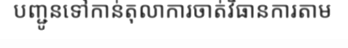
បញ្ជូនទៅកាន់តុលាការចាត់វិធានការតាម